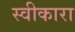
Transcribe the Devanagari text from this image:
स्‍वीकारा